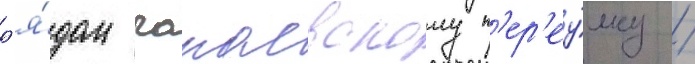
р'я́дом чапаевскому п'ер'еу́лку /